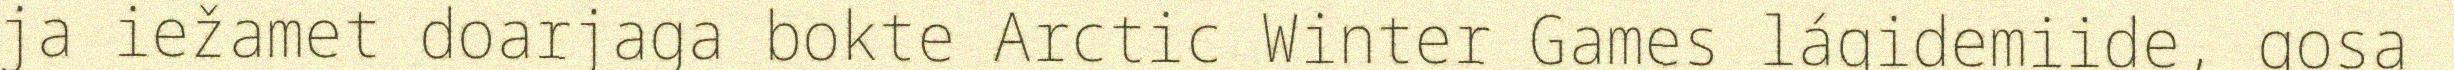
ja iežamet doarjaga bokte Arctic Winter Games lágidemiide, gosa